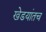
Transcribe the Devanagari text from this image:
खेडयांतच